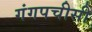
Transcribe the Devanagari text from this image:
गंगपचीसी